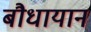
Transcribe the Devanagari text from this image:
बौधायान